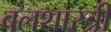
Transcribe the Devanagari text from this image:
बलशास्त्री